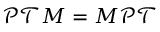
\mathcal { P } \mathcal { T } M = M \mathcal { P } \mathcal { T }